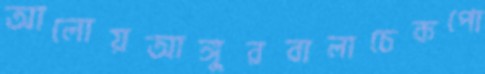
আলোয়আঙ্গুরবালাচেকপো